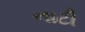
નાટી